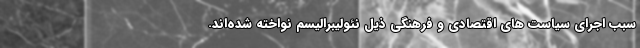
سبب اجرای سیاست های اقتصادی و فرهنگی ذیل نئولیبرالیسم نواخته شده‌اند.